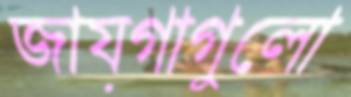
জায়গাগুলো